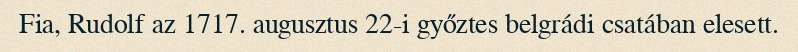
Fia, Rudolf az 1717. augusztus 22-i győztes belgrádi csatában elesett.